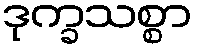
ဒုက္ခသစ္စာ